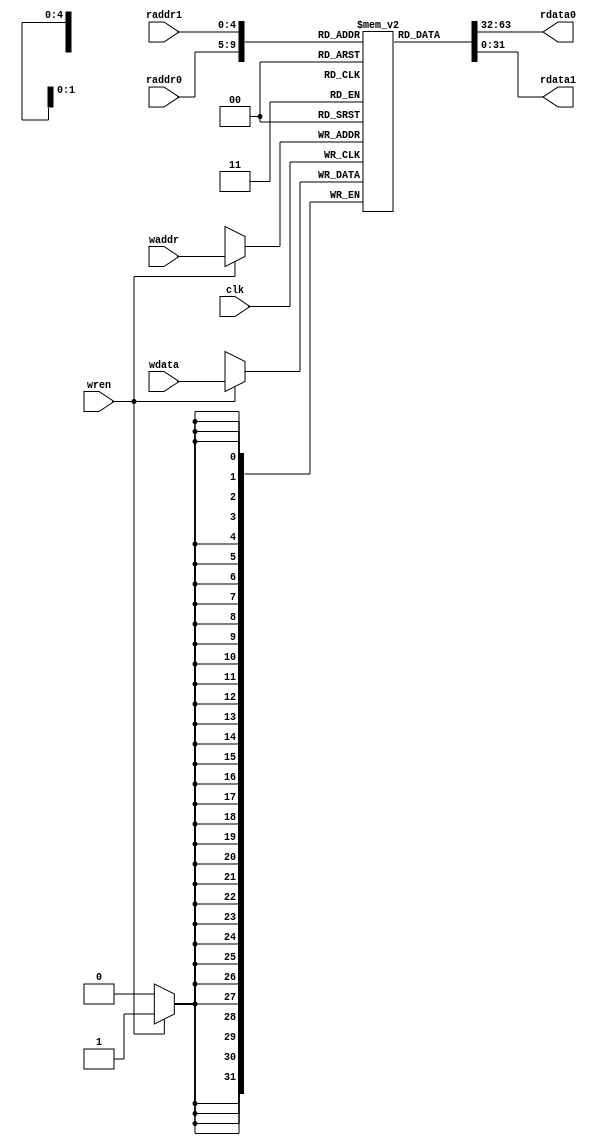
`timescale 1ns / 1ps
///////////////////////////////////////////////////////////////////////////////////////////////////////////////////////
// Company:			
//					
// Engineer: 		
//
// Create Date:		
// Design Name: 	
// Module Name:     
// Project Name:	
// Target Devices: 
// Tool versions:
// Description:		
//
// Dependencies:
//
// Revision:
//
//
// Additional Comments:
//
///////////////////////////////////////////////////////////////////////////////////////////////////////////////////////

module register_file
(
    //--------------------------
	// Input Ports
	//--------------------------
	input					clk,
    input 		[4:0]		raddr0,
	input 		[4:0]		raddr1,
	input 		[4:0]		waddr,
	input		[31:0]		wdata,
	input 					wren,
    //--------------------------
    // Output Ports
    //--------------------------
    output 		[31:0] 		rdata0,
	output		[31:0]		rdata1
);
      
    ///////////////////////////////////////////////////////////////////
    // Begin Design
    ///////////////////////////////////////////////////////////////////
    //-------------------------------------------------
    // Signal Declarations: local params
    //-------------------------------------------------
   
    //-------------------------------------------------
    // Signal Declarations: reg
    //-------------------------------------------------    
	reg	[31:0]	reg_file	[31:0];
	
    //-------------------------------------------------
    // Signal Declarations: wire
    //-------------------------------------------------
		
	//---------------------------------------------------------------
	// Instantiations
	//---------------------------------------------------------------
	// None

	//---------------------------------------------------------------
	// Combinatorial Logic
	//---------------------------------------------------------------
	
	//---------------------------------------------------------------
	// Sequential Logic
	//---------------------------------------------------------------
	
	integer i;
	
	initial
	begin	
	    for(i = 0; i < 32; i = i+1)
		begin
	        reg_file[i] = 0;
		end
	end

	
	always @(posedge clk)
	begin
		if (wren)
			reg_file[waddr] <= wdata;
	end
	
	assign rdata0 = reg_file[raddr0];
	assign rdata1 = reg_file[raddr1];
	
 endmodule